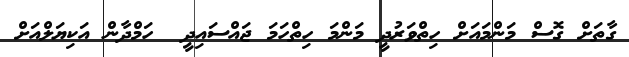
ގާތަށް ގޮސް މަންމައަށް ހިތްވަރުދީ މަންމަ ހިތްހަމަ ޖައްސައިދީ  ހަމްދާން އަކިޔަލްއަށް